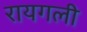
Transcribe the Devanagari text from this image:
रायगली